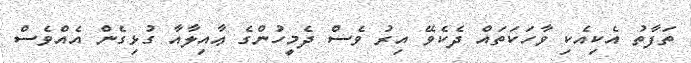
ތަފާތު އެކިއެކި ވާހަކަތައް ދެކެވޭ އިރު ވެސް ދެމީހުންގެ ޢާއިލާއާ ގުޅިގެން އެއްވެސް